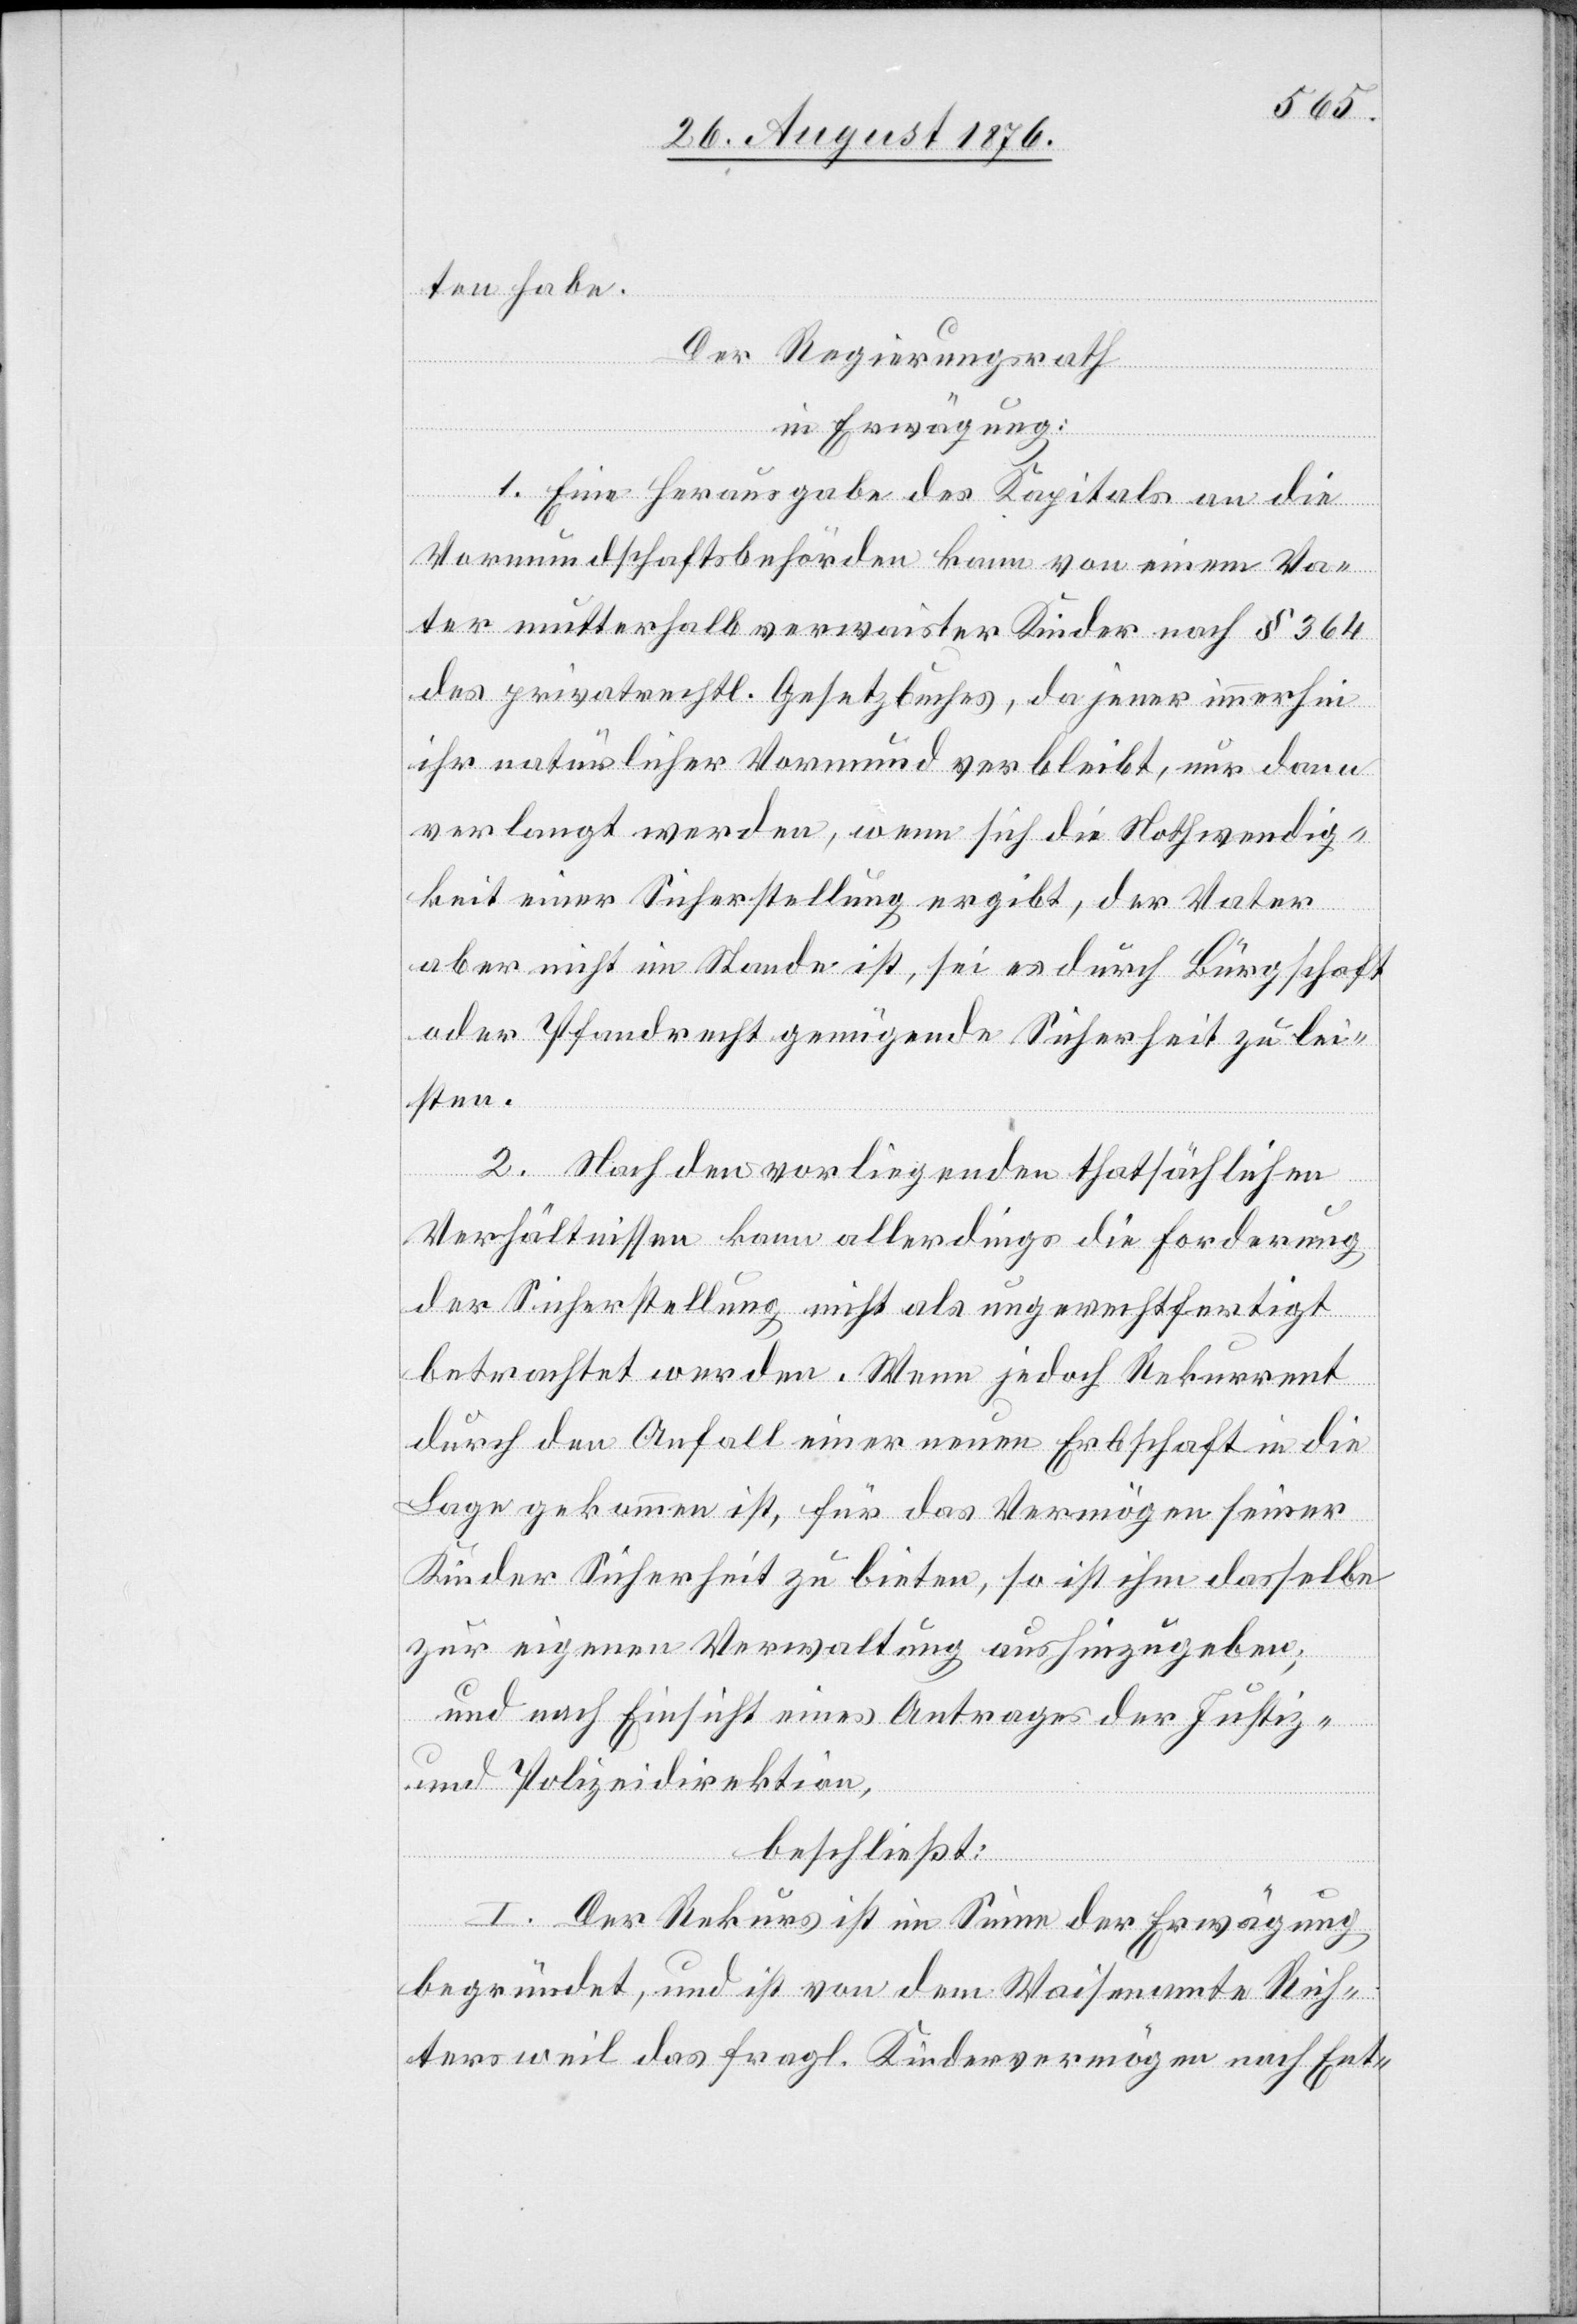
ten habe.
Der Regierungsrath
in Erwägung:
1. Eine Herausgabe des Kapitals an die
Vormundschaftsbehörden kann von einem Va¬
ter mutterhalb verwaister Kinder nach § 364
des privatrechtl. Gesetzbuches, da jener immerhin
ihr natürlicher Vormund verbleibt, nur dann
verlangt werden, wenn sich die Nothwendig¬
keit einer Sicherstellung ergibt, der Vater
aber nicht im Stande ist, sei es durch Bürgschaft
oder Pfandrecht genügende Sicherheit zu lei¬
sten.
2. Nach den vorliegenden thatsächlichen
Verhältnissen kann allerdings die Forderung
der Sicherstellung nicht als ungerechtfertigt
betrachtet werden. Wenn jedoch Rekurrent
durch den Anfall einer neuen Erbschaft in die
Lage gekommen ist, für das Vermögen seiner
Kinder Sicherheit zu bieten, so ist ihm dasselbe
zur eigenen Verwaltung aushinzugeben;
und nach Einsicht eines Antrages der Justiz-
und Polizeidirektion,
beschließt:
I. Der Rekurs ist im Sinne der Erwägung
begründet, und ist von dem Waisenamte Rich¬
tersweil das fragl. Kindervermögen nach Ent-